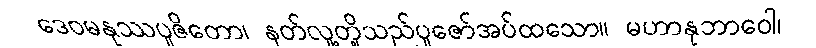
ဒေဝမနုဿပူဇိတော၊ နတ်လူ့တို့သည်ပူဇော်အပ်ထသော။ မဟာနုဘာဝေါ၊